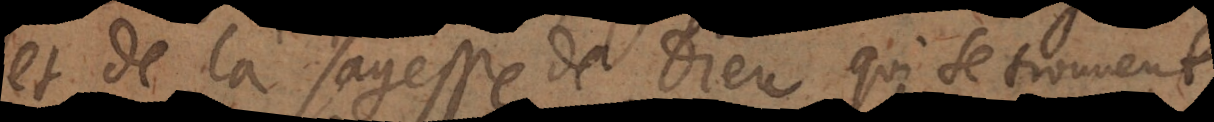
et de la sagesse de Dieu, qui se trouvent